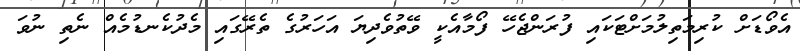
އެވޯޑަށް ކުރިމަތިލުމަށްޓަކައި ފުރަންޖެހޭ ފޯމާއެކީ ވޭތުވެދިޔަ އަހަރުގެ ތެރޭގައި މެދުކެނޑުމެއް ނެތި ނުވަ